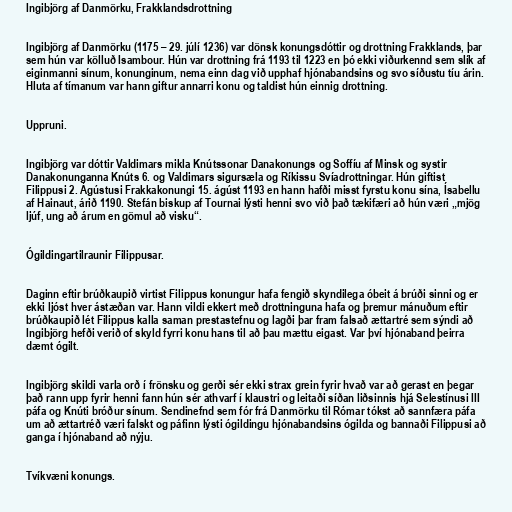
Ingibjörg af Danmörku, Frakklandsdrottning

Ingibjörg af Danmörku (1175 – 29. júlí 1236) var dönsk konungsdóttir og drottning Frakklands, þar
sem hún var kölluð Isambour. Hún var drottning frá 1193 til 1223 en þó ekki viðurkennd sem slík af
eiginmanni sínum, konunginum, nema einn dag við upphaf hjónabandsins og svo síðustu tíu árin.
Hluta af tímanum var hann giftur annarri konu og taldist hún einnig drottning.

Uppruni.

Ingibjörg var dóttir Valdimars mikla Knútssonar Danakonungs og Soffíu af Minsk og systir
Danakonunganna Knúts 6. og Valdimars sigursæla og Ríkissu Svíadrottningar. Hún giftist
Filippusi 2. Ágústusi Frakkakonungi 15. ágúst 1193 en hann hafði misst fyrstu konu sína, Ísabellu
af Hainaut, árið 1190. Stefán biskup af Tournai lýsti henni svo við það tækifæri að hún væri „mjög
ljúf, ung að árum en gömul að visku“.

Ógildingartilraunir Filippusar.

Daginn eftir brúðkaupið virtist Filippus konungur hafa fengið skyndilega óbeit á brúði sinni og er
ekki ljóst hver ástæðan var. Hann vildi ekkert með drottninguna hafa og þremur mánuðum eftir
brúðkaupið lét Filippus kalla saman prestastefnu og lagði þar fram falsað ættartré sem sýndi að
Ingibjörg hefði verið of skyld fyrri konu hans til að þau mættu eigast. Var því hjónaband þeirra
dæmt ógilt.

Ingibjörg skildi varla orð í frönsku og gerði sér ekki strax grein fyrir hvað var að gerast en þegar
það rann upp fyrir henni fann hún sér athvarf í klaustri og leitaði síðan liðsinnis hjá Selestínusi III
páfa og Knúti bróður sínum. Sendinefnd sem fór frá Danmörku til Rómar tókst að sannfæra páfa
um að ættartréð væri falskt og páfinn lýsti ógildingu hjónabandsins ógilda og bannaði Filippusi að
ganga í hjónaband að nýju.

Tvíkvæni konungs.